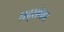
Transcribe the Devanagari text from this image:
घद्सीसर